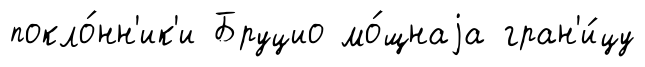
покло́нн'ик'и Бруцио мо́щнаjа гран'и́цу